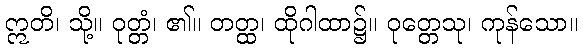
ဣတိ၊ သို့။ ဝုတ္တံ၊ ၏။ တတ္ထ၊ ထိုဂါထာ၌။ ဝုတ္တေသု၊ ကုန်သော။